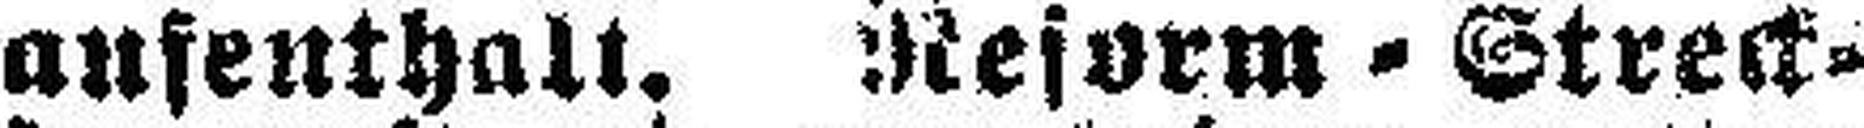
aufenthalt. Reform=Streck¬